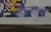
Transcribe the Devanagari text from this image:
औीजाना